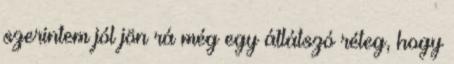
szerintem jól jön rá még egy átlátszó réteg, hogy